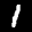
Label: 1